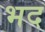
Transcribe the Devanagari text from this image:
भद